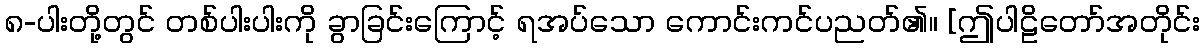
၈-ပါးတို့တွင် တစ်ပါးပါးကို ခွာခြင်းကြောင့် ရအပ်သော ကောင်းကင်ပညတ်၏။ [ဤပါဠိတော်အတိုင်း